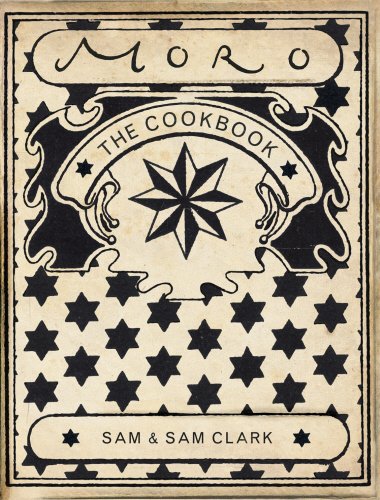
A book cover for Moro: The Cookbook; Samuel Clark; Cookbooks, Food & Wine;